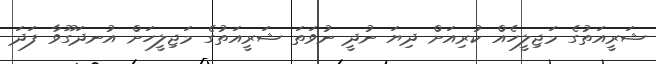
ޝަރީއަތުގެ މަޖިލީހެއް ކުރިއަށް ދިޔަ ނުދީ ނުވަތަ ޝަރީއަތުގެ މަޖިލީހަށް އުނދަގޫވާ ފަދަ